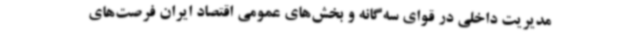
مدیریت داخلی در قوای سه‌گانه و بخش‌های عمومی اقتصاد ایران فرصت‌های